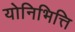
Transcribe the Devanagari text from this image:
योनिभित्ति